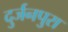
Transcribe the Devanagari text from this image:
दुर्जनपुरा